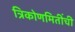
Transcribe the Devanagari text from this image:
त्रिकोणमितींची